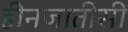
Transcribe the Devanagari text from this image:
हीनजातीसी